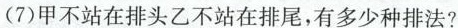
(7)甲不站在排头乙不站在排尾，有多少种排法?